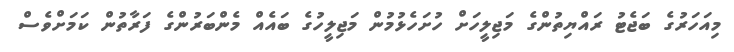
މިއަހަރުގެ ބަޖެޓު ރައްޔިތުންގެ މަޖިލީހަށް ހުށަހެޅުމުން މަޖިލީހުގެ ބައެއް މެންބަރުންގެ ފަރާތުން ކަމަށްވެސް